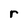
Character: r